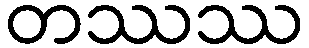
တဿဿ